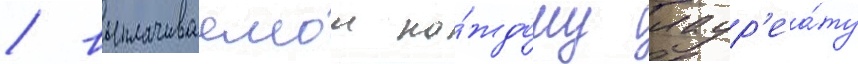
/ выплачиваемои ка́ждому лаур'еа́ту